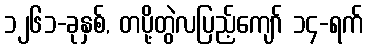
၁၂၆၁-ခုနှစ်, တပို့တွဲလပြည့်ကျော် ၁၄-ရက်